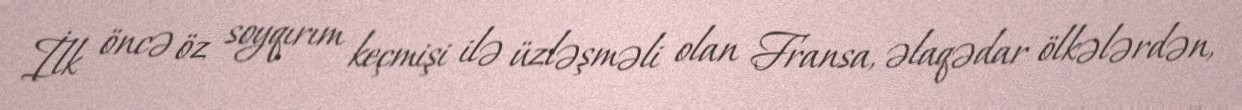
İlk öncə öz soyqırım keçmişi ilə üzləşməli olan Fransa, əlaqədar ölkələrdən,